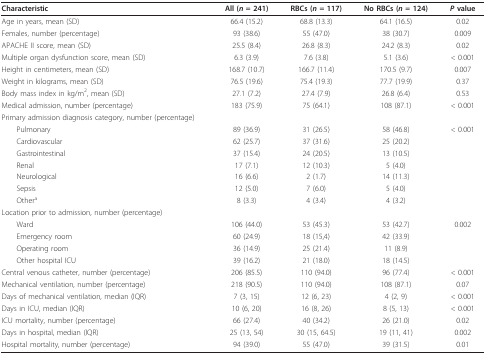
<table><thead><tr><td><b>Characteristic</b></td><td><b>All (<i>n </i>= 241)</b></td><td><b>RBCs (<i>n </i>= 117)</b></td><td><b>No RBCs (<i>n </i>= 124)</b></td><td><b><i>P </i>value</b></td></tr></thead><tbody><tr><td>Age in years, mean (SD)</td><td>66.4 (15.2)</td><td>68.8 (13.3)</td><td>64.1 (16.5)</td><td>0.02</td></tr><tr><td>Females, number (percentage)</td><td>93 (38.6)</td><td>55 (47.0)</td><td>38 (30.7)</td><td>0.009</td></tr><tr><td>APACHE II score, mean (SD)</td><td>25.5 (8.4)</td><td>26.8 (8.3)</td><td>24.2 (8.3)</td><td>0.02</td></tr><tr><td>Multiple organ dysfunction score, mean (SD)</td><td>6.3 (3.9)</td><td>7.6 (3.8)</td><td>5.1 (3.6)</td><td>&lt; 0.001</td></tr><tr><td>Height in centimeters, mean (SD)</td><td>168.7 (10.7)</td><td>166.7 (11.4)</td><td>170.5 (9.7)</td><td>0.007</td></tr><tr><td>Weight in kilograms, mean (SD)</td><td>76.5 (19.6)</td><td>75.4 (19.3)</td><td>77.7 (19.9)</td><td>0.37</td></tr><tr><td>Body mass index in kg/m<sup>2</sup>, mean (SD)</td><td>27.1 (7.2)</td><td>27.4 (7.9)</td><td>26.8 (6.4)</td><td>0.53</td></tr><tr><td>Medical admission, number (percentage)</td><td>183 (75.9)</td><td>75 (64.1)</td><td>108 (87.1)</td><td>&lt; 0.001</td></tr><tr><td>Primary admission diagnosis category, number (percentage)</td><td></td><td></td><td></td><td></td></tr><tr><td> Pulmonary</td><td>89 (36.9)</td><td>31 (26.5)</td><td>58 (46.8)</td><td>&lt; 0.001</td></tr><tr><td> Cardiovascular</td><td>62 (25.7)</td><td>37 (31.6)</td><td>25 (20.2)</td><td></td></tr><tr><td> Gastrointestinal</td><td>37 (15.4)</td><td>24 (20.5)</td><td>13 (10.5)</td><td></td></tr><tr><td> Renal</td><td>17 (7.1)</td><td>12 (10.3)</td><td>5 (4.0)</td><td></td></tr><tr><td> Neurological</td><td>16 (6.6)</td><td>2 (1.7)</td><td>14 (11.3)</td><td></td></tr><tr><td> Sepsis</td><td>12 (5.0)</td><td>7 (6.0)</td><td>5 (4.0)</td><td></td></tr><tr><td> Other<sup>a</sup></td><td>8 (3.3)</td><td>4 (3.4)</td><td>4 (3.2)</td><td></td></tr><tr><td>Location prior to admission, number (percentage)</td><td></td><td></td><td></td><td></td></tr><tr><td> Ward</td><td>106 (44.0)</td><td>53 (45.3)</td><td>53 (42.7)</td><td>0.002</td></tr><tr><td> Emergency room</td><td>60 (24.9)</td><td>18 (15,4)</td><td>42 (33.9)</td><td></td></tr><tr><td> Operating room</td><td>36 (14.9)</td><td>25 (21.4)</td><td>11 (8.9)</td><td></td></tr><tr><td> Other hospital ICU</td><td>39 (16.2)</td><td>21 (18.0)</td><td>18 (14.5)</td><td></td></tr><tr><td>Central venous catheter, number (percentage)</td><td>206 (85.5)</td><td>110 (94.0)</td><td>96 (77.4)</td><td>&lt; 0.001</td></tr><tr><td>Mechanical ventilation, number (percentage)</td><td>218 (90.5)</td><td>110 (94.0)</td><td>108 (87.1)</td><td>0.07</td></tr><tr><td>Days of mechanical ventilation, median (IQR)</td><td>7 (3, 15)</td><td>12 (6, 23)</td><td>4 (2, 9)</td><td>&lt; 0.001</td></tr><tr><td>Days in ICU, median (IQR)</td><td>10 (6, 20)</td><td>16 (8, 26)</td><td>8 (5, 13)</td><td>&lt; 0.001</td></tr><tr><td>ICU mortality, number (percentage)</td><td>66 (27.4)</td><td>40 (34.2)</td><td>26 (21.0)</td><td>0.02</td></tr><tr><td>Days in hospital, median (IQR)</td><td>25 (13, 54)</td><td>30 (15, 64.5)</td><td>19 (11, 41)</td><td>0.002</td></tr><tr><td>Hospital mortality, number (percentage)</td><td>94 (39.0)</td><td>55 (47.0)</td><td>39 (31.5)</td><td>0.01</td></tr></tbody></table>